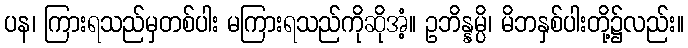
ပန၊ ကြားရသည်မှတစ်ပါး မကြားရသည်ကိုဆိုအံ့။ ဥဘိန္နမ္ပိ၊ မိဘနှစ်ပါးတို့၌လည်း။